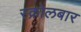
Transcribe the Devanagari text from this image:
स्क्रोलबार